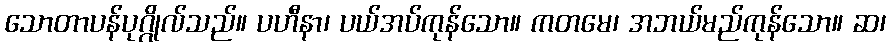
သောတာပန်ပုဂ္ဂိုလ်သည်။ ပဟီနာ၊ ပယ်အပ်ကုန်သော။ ကတမေ၊ အဘယ်မည်ကုန်သော။ ဆ၊